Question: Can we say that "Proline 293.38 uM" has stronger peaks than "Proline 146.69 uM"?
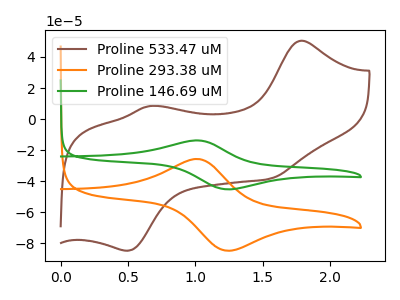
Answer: <think>The brown curve "Proline 533.47 uM" has anodic peaks at (1.80V, 50.45uA) (0.65V, 8.45uA) and cathodic peaks at (1.55V, -38.45uA) (0.50V, -84.70uA). The orange curve "Proline 293.38 uM" has an anodic peak at (1.00V, -25.65uA) and a cathodic peak at (1.25V, -84.65uA). The green curve "Proline 146.69 uM" has an anodic peak at (1.00V, -13.70uA) and a cathodic peak at (1.25V, -45.15uA).</think>
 <answer>The peaks in "Proline 293.38 uM" are neither all higher or all lower than the peaks in "Proline 146.69 uM".</answer>
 <eval>mixed</eval>